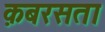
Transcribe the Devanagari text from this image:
क़बरसता